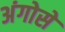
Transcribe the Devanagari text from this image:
अंगोसे